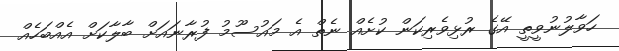
ހަވާލުނުވީތީ އޭގެ ރުޅިވެރިކަން ކުށެއް ނެތް އެ މައުސޫމު ފުރާނައަށް ބާލާކަށް އެއްބަހެއް